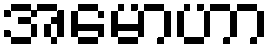
အမောဟာ